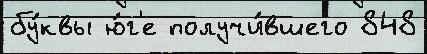
бу́квы ю́г'е получи́вшего 848